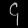
Digit: ၄